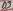
Text: D9